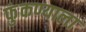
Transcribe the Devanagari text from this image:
फुंकण्याला